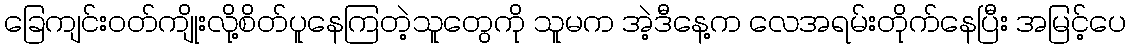
ခြေကျင်းဝတ်ကျိုးလို့စိတ်ပူနေကြတဲ့သူတွေကို သူမက အဲ့ဒီနေ့က လေအရမ်းတိုက်နေပြီး အမြင့်ပေ